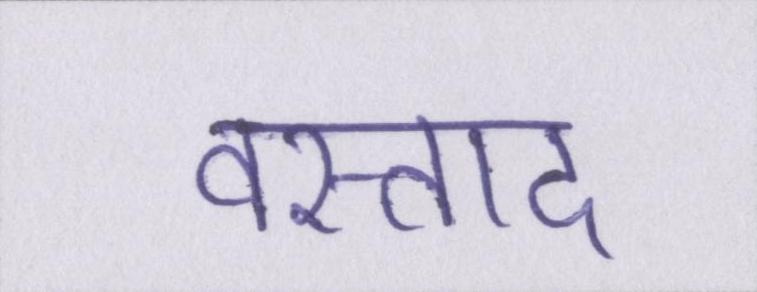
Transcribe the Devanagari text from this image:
वस्ताद